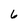
Character: 6